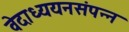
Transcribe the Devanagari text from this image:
वेदाध्ययनसंपन्न